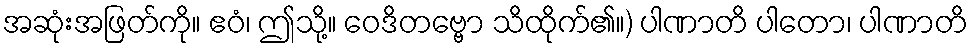
အဆုံးအဖြတ်ကို။ ဧဝံ၊ ဤသို့။ ဝေဒိတဗ္ဗော သိထိုက်၏။) ပါဏာတိ ပါတော၊ ပါဏာတိ